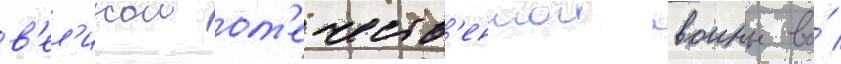
в'ел'икои от'ечеств'еннои воины во́